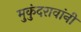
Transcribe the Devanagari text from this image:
मुकुंदरावांनी